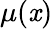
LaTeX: \mu(\mathit{x})